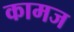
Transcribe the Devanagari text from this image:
कामज